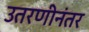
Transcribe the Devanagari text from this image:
उतरणीनंतर